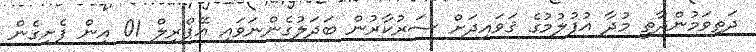
ދަތިވަމުންދާތީ މުދާ އުފުލުމުގެ ޤަވައިދަށް ސަރުކާރުން ބަދަލުގެންނަވައި އޭޕްރިލް 01 އިން ފެށިގެން